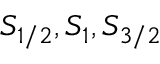
S _ { 1 / 2 } , S _ { 1 } , S _ { 3 / 2 }